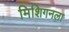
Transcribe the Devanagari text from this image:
मिशिगनला